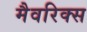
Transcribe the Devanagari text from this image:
मैवरिक्स